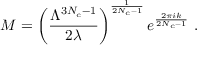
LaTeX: M = \left( \frac { \Lambda ^ { 3 N _ { c } - 1 } } { 2 \lambda } \right) ^ { \frac { 1 } { 2 N _ { c } - 1 } } e ^ { \frac { 2 \pi i k } { 2 N _ { c } - 1 } } ~ .